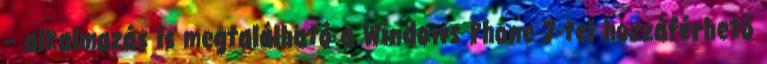
– alkalmazás is megtalálható a Windows Phone 7-tel hozzáférhető